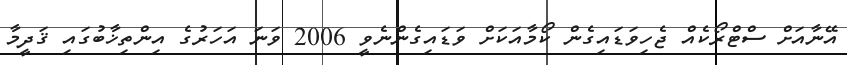
އޭނާއަށް ސްޓްރޯކެއް ޖެހިވަޑައިގެން ކޯމާއަކަށް ވަޑައިގެންނެވީ 2006 ވަނަ އަހަރުގެ އިންތިޚާބުގައި ޤަދީމާ